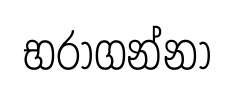
භරාගන්නා